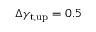
\Delta \gamma _ { \mathrm { t , u p } } = 0 . 5